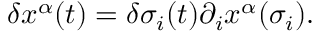
\delta x ^ { \alpha } ( t ) = \delta \sigma _ { i } ( t ) \partial _ { i } x ^ { \alpha } ( \sigma _ { i } ) .